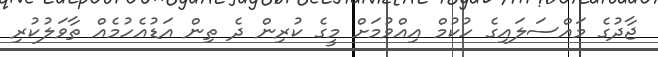
ޖާދުގެ މައްސަލައިގެ ހުކުމް އިއްވުމަށް މީގެ ކުރިން ދެ ތިން އަޑުއެހުމެއް ތާވަލުކުރި